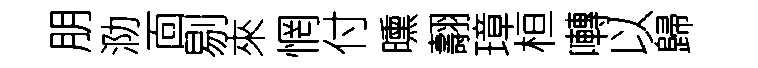
朋泐靣剔來惘付曛翿璋桓囀以歸